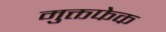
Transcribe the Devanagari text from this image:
मुक्तफेक